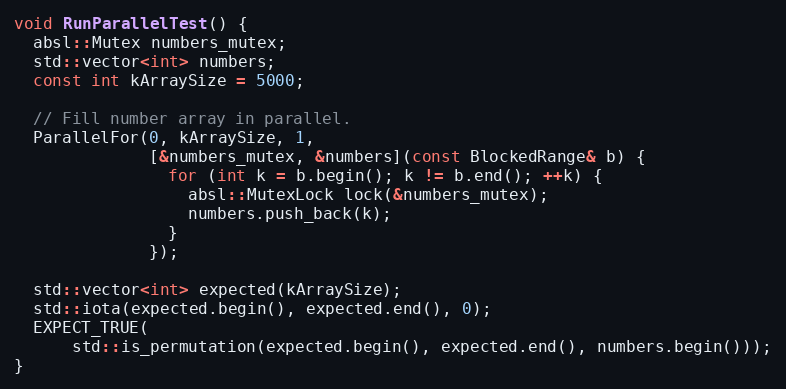
Language: C++
void RunParallelTest() {
  absl::Mutex numbers_mutex;
  std::vector<int> numbers;
  const int kArraySize = 5000;

  // Fill number array in parallel.
  ParallelFor(0, kArraySize, 1,
              [&numbers_mutex, &numbers](const BlockedRange& b) {
                for (int k = b.begin(); k != b.end(); ++k) {
                  absl::MutexLock lock(&numbers_mutex);
                  numbers.push_back(k);
                }
              });

  std::vector<int> expected(kArraySize);
  std::iota(expected.begin(), expected.end(), 0);
  EXPECT_TRUE(
      std::is_permutation(expected.begin(), expected.end(), numbers.begin()));
}